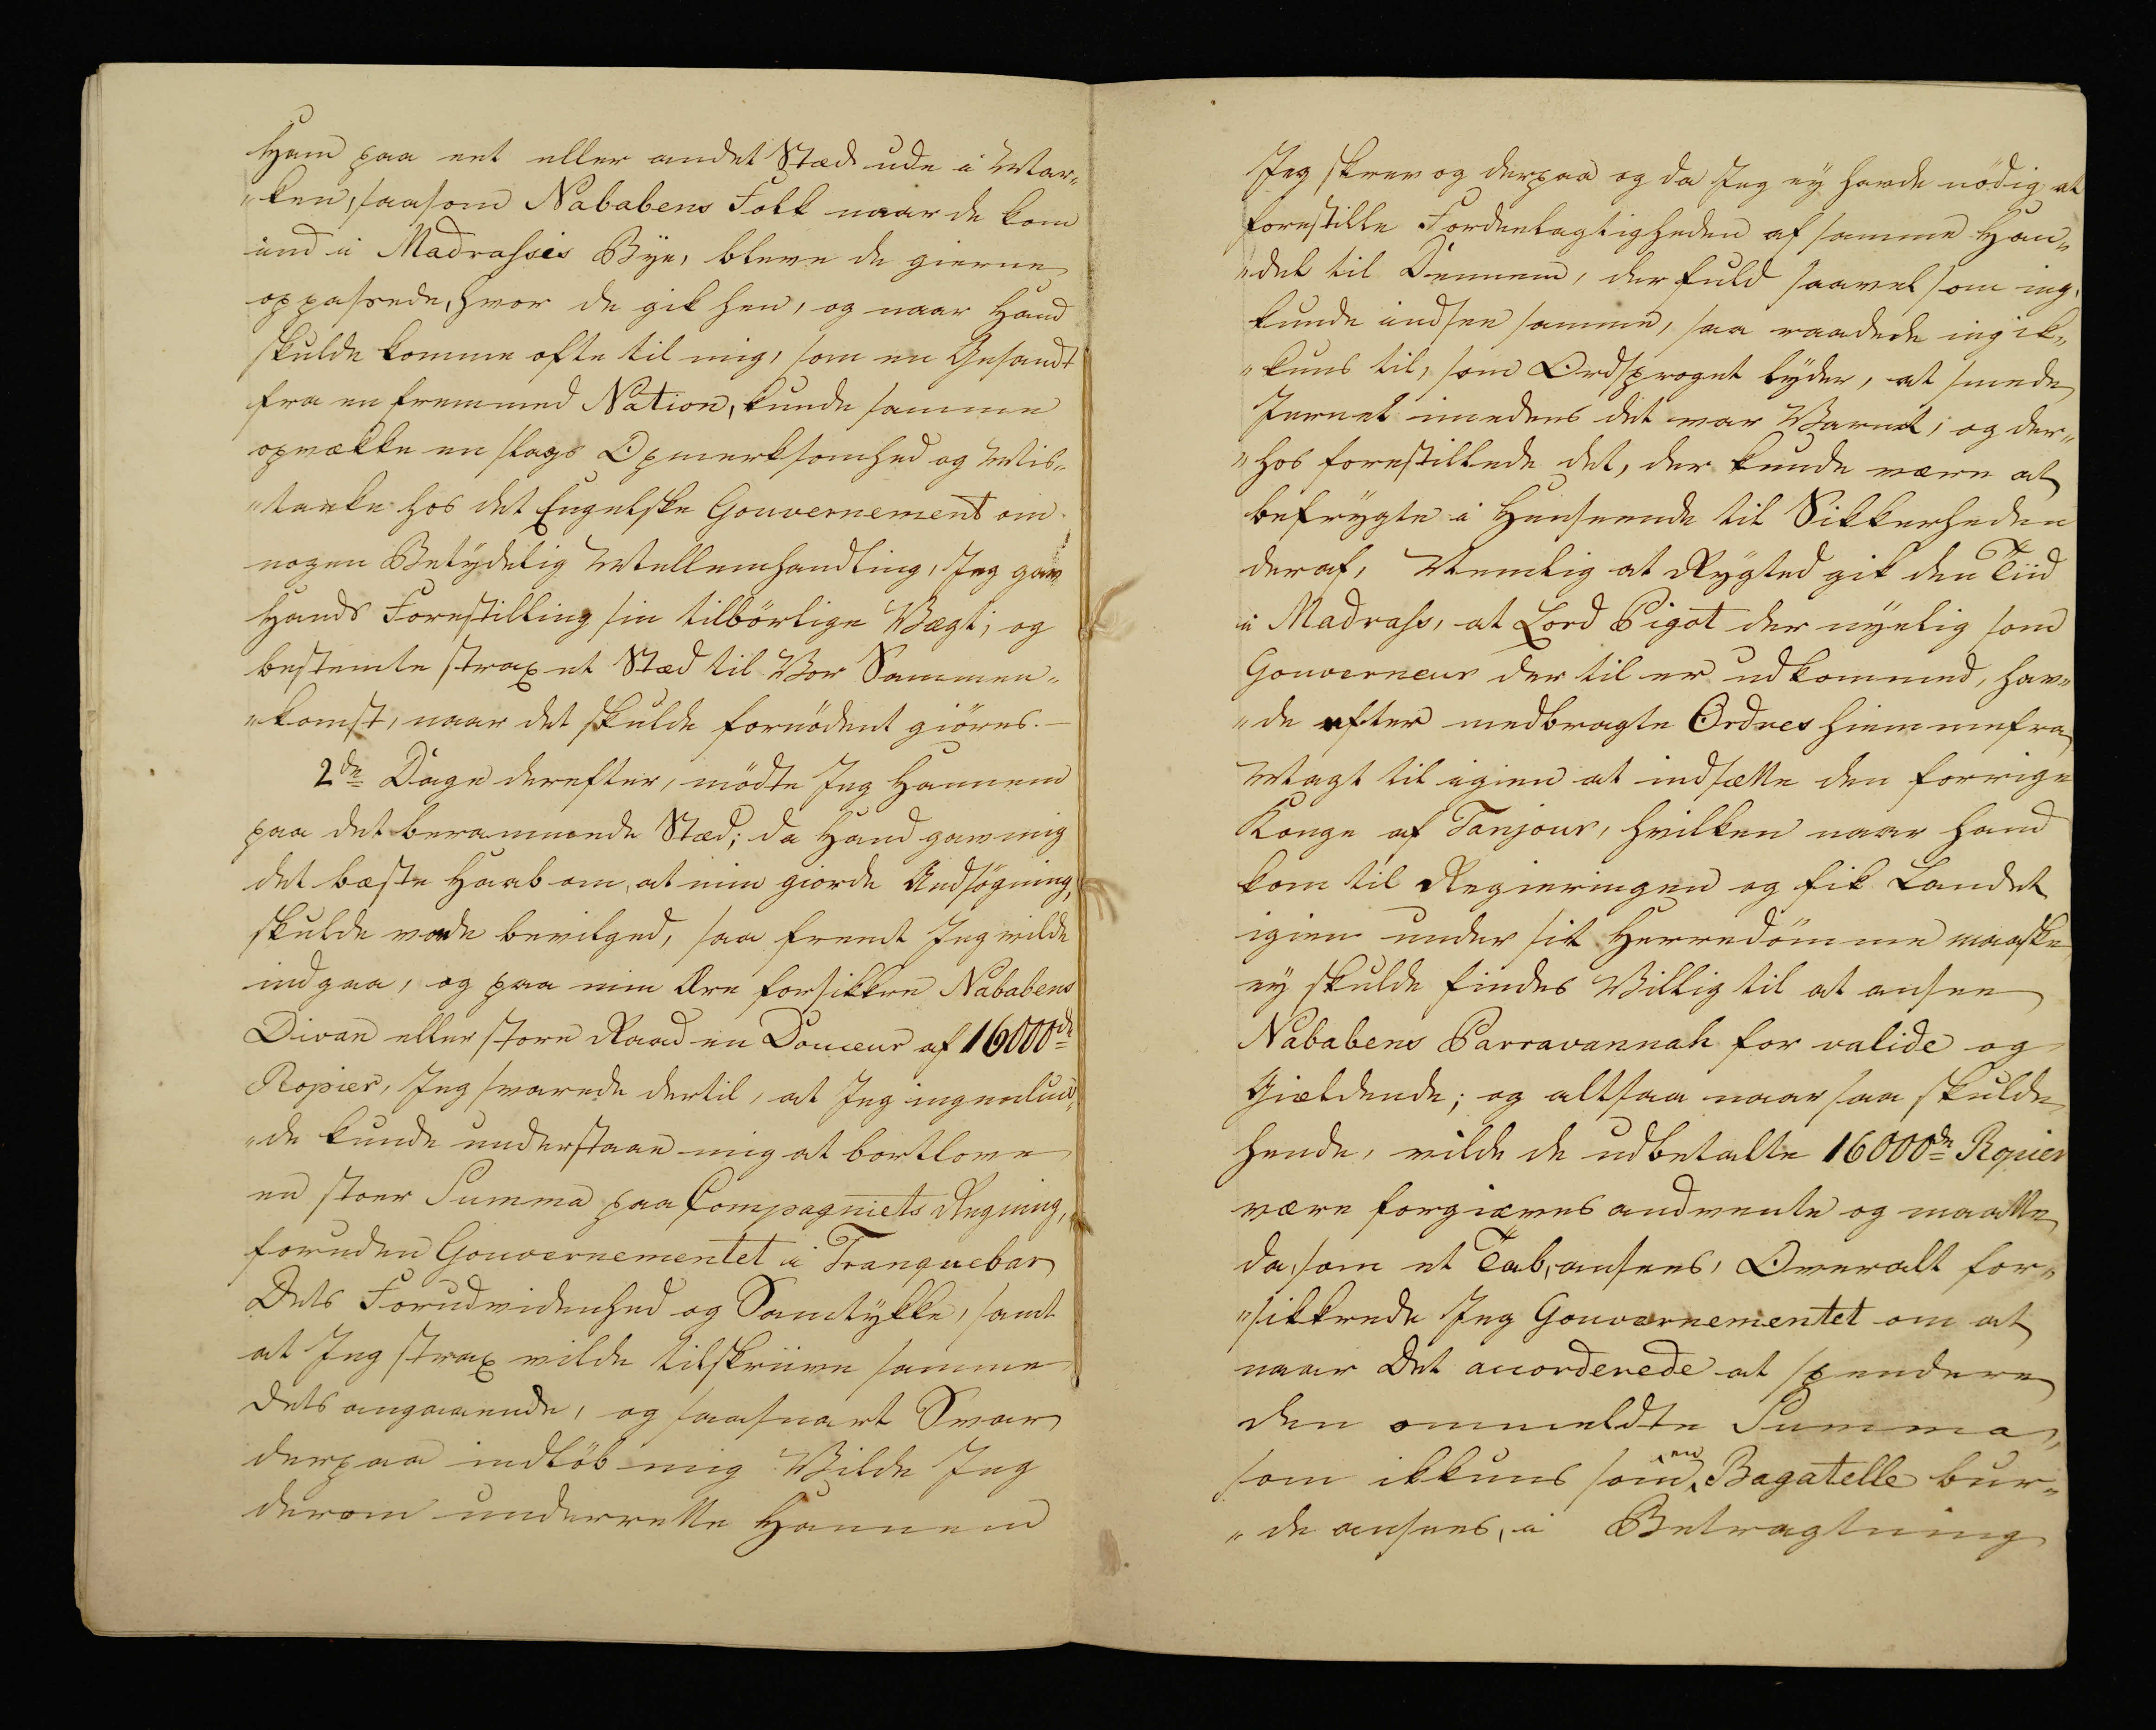
Transkription:
Ham paa eet eller andet Stæd ude i Mar„
„ken, saasom Nababens Folk naar de kom
ind i Madrasses Bye, bleve de gierne
oppassede, hvor de fik hen, og naar Hand
skulde komme ofte til mig, som en Gesandt
fra en fremmed Nation, kunde samme
opvække en slags Opmerksomhed og Mis„
„tanke hos det Engelske Gouvernement om
nogen Betydelig Mellemhandling, Jeg gav
Hands Forestilling sin tilbörlige Vægt; og
bestemte strax et Stæd til Vor Sammen„
„komst, naar det skulde fornödent giöres. -
2de Dage derefter, mödte Jeg Hannem
paa det berammede Stæd; da Hand gav mig
det bæste Haab om, at min giorde Andsögning,
Skulde vorde bevilged, saa fremt Jeg vilde
indgaa, og paa min Ære forsikkre Nababens
Divan eller store Raad en Domeur af 16000de
Ropier, Jeg svarede dertil, at Jeg ingenlun„
„de kunde understaae mig at bortlove
en stoer Summa paa Compagniets Regning,
foruden Gouvernementet i Tranquebar
Dets Forudvidenhed og Samtykke, samt
at Jeg strax vilde tilskrive samme
dets angaaende, og saasnart et Svar
derpaa indlöb mig Vilde Jeg
derom underrette Hannem

Jeg skrev og derpaa og da Jeg ey havde nödig at
forestille Fordeelagtigheden af samme Han„
del til Dennem, der fuld saavel som ieg,
kunde indsee samme, saa raadede ieg ik„
„kuns til, som Ordsproget lyder, at smede
Jernet imedens det var Varmt; og der„
„hos forestillede det, der kunde være at
befrygte i Henseende til Sikkerheden
deraf, Nemlig at Rygted gik den Tiid
i Madrass, at Lord Pigot der nyelig som
Gouverneur der til er udkommed, hav„
„de efter medbragte Ordres hiemmefra
Magt til igien at indsætte den forrige
Konge af Tanjour, hvilken naar hand
kom til Regieringen og fik Landet
igien under sit Herredömme maaske
ey skulde findes Villig til at ansee
Nababens Parravannah for valide og
Giældende; og altsaa naar saa skulde
hendem vilde de udbetalte 1600de Ropier
være forgiæves andvente og maatte
da, som et Tab, ansees, Overalt for„
„sikkrede Jeg Gouvernementet om at
naar Det accorderede at spendere
den ommeldte Summa,
som ikkund som en Bagatelle bur„
„de ansees, i Betragtning